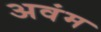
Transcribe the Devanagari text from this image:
अवंम